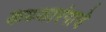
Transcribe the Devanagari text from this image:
कथ्थारंगाचे